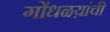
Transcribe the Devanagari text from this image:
गोंधळय़ांची